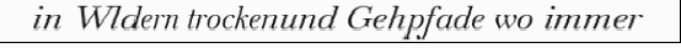
in Wldern trockenund Gehpfade wo immer